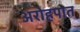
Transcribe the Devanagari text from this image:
अरोहपात